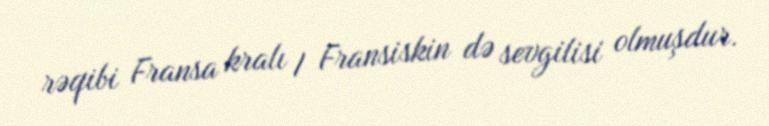
rəqibi Fransa kralı I Fransiskin də sevgilisi olmuşdur.